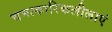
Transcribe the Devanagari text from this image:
चमत्कारिकलीलाएं